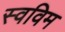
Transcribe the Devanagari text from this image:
स्वविम